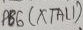
Text: PB6(XTAL1)